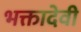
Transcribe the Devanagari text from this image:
भक्तादेवी